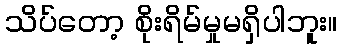
သိပ်တော့ စိုးရိမ်မှုမရှိပါဘူး။